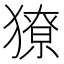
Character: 獠